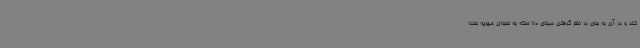
کند و در آن به جای در نظر گرفتن مبنای 110 سکه به عنوان مهریه عندا